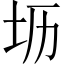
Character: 坜